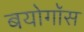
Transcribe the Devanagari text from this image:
बयोगॉस